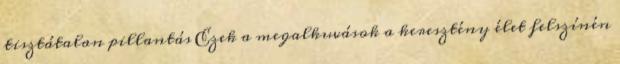
tisztátalan pillantás Ezek a megalkuvások a keresztény élet felszínén